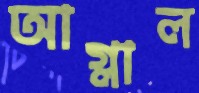
আগ্‌লাল